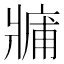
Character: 𤖑